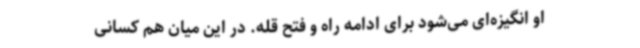
او انگیزه‌ای می‌شود برای ادامه راه و فتح قله. در این میان هم کسانی